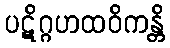
ပဋိဂ္ဂဟထဝိကန္တိ